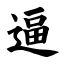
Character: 逼